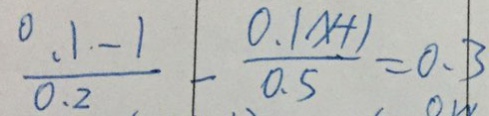
\frac { 0 . 1 - 1 } { 0 . 2 } - \frac { 0 . 1 x + 1 } { 0 . 5 } = 0 . 3